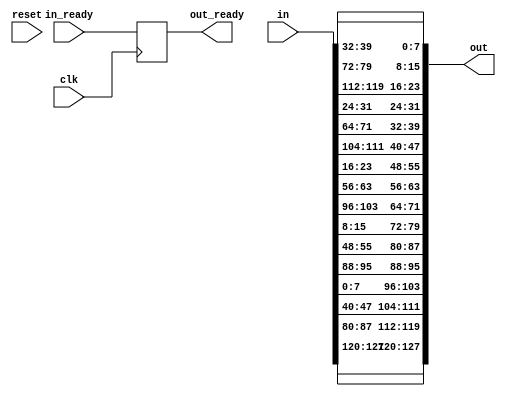
module shiftRows(clk, reset, in, in_ready, out, out_ready);

	// Column Major Concept -- a0,a1,a2,a3 are in 1 column
	input clk, reset;
	input in_ready;
	input [0:127] in;
	output [0:127] out;
	output reg out_ready;
	
	// Introduced clk, reset to have a track of combinational propagational delay.
	always @(posedge clk) begin
		out_ready <= in_ready;
	end
	
	genvar i, j;
	generate 
		for(i=0 ; i<4; i=i+1) begin : shiftRows_row
			for(j=0 ; j<4; j=j+1) begin : shiftRows_col
				assign out[((i+(4*j))*8) +: 8] = in[((((5*i)+(4*j))%16)*8)+: 8];
			end
		end
	endgenerate
endmodule